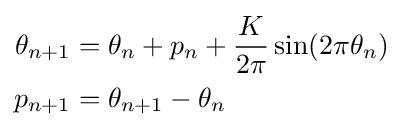
{\begin{aligned}\theta _{n+1}&=\theta _{n}+p_{n}+{\frac {K}{2\pi }}\sin(2\pi \theta _{n})\\p_{n+1}&=\theta _{n+1}-\theta _{n}\end{aligned}}